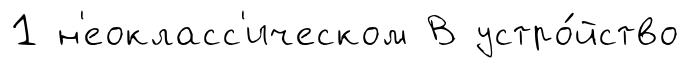
1 н'еокласс'ическом В устро́йство